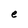
Character: e